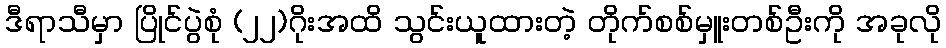
ဒီရာသီမှာ ပြိုင်ပွဲစုံ (၂၂)ဂိုးအထိ သွင်းယူထားတဲ့ တိုက်စစ်မှူးတစ်ဦးကို အခုလို